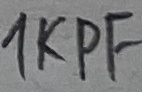
Text: 1KPF